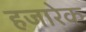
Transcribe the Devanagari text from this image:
हजारेक